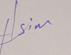
Signature authenticity: genuine